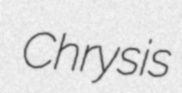
Chrysis